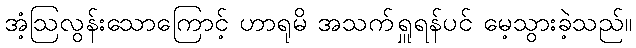
အံ့ဩလွန်းသောကြောင့် ဟာရုမိ အသက်ရှူရန်ပင် မေ့သွားခဲ့သည်။